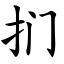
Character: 扪